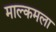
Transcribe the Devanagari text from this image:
माल्कमला